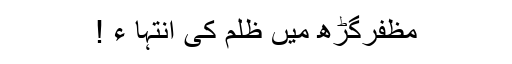
مظفرگڑھ میں ظلم کی انتہا ء !